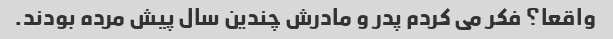
واقعا؟ فکر می کردم پدر و مادرش چندین سال پیش مرده بودند.